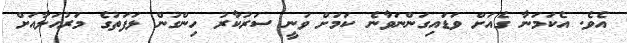
އެވެ. އެކަމަނާ ގެއަށް ވަޑައިގަންނަވާނެ ކަމަށް ވަނީ ސަރުކާރު ހިންގުން ޅަފަތުގެ މަރުހަލާއަށް